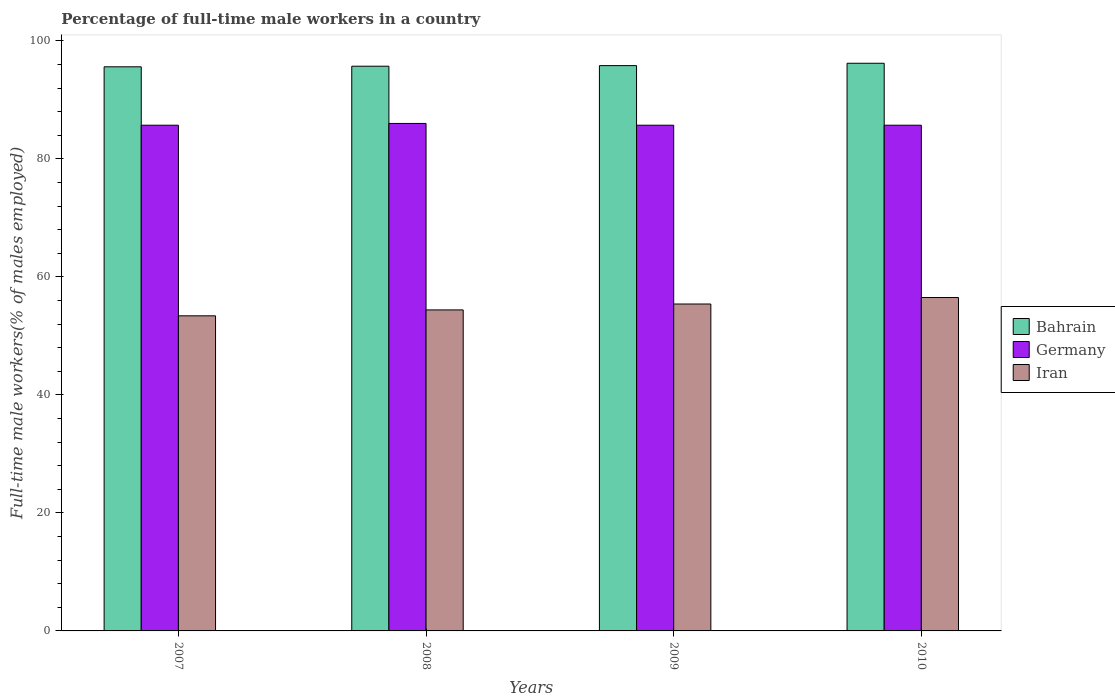
| Years | Bahrain | Germany | Iran |
 | --- | --- | --- | --- |
 | 2007 | 95.6 | 85.7 | 53.4 |
 | 2008 | 95.7 | 86 | 54.4 |
 | 2009 | 95.8 | 85.7 | 55.4 |
 | 2010 | 96.2 | 85.7 | 56.5 |